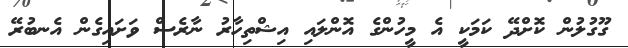
ގޫގުލުން ކޮށްދޭ ކަމަކީ އެ މީހުންގެ އޮންލައި އިޝްތިހާރު ނާރެސް ވަށައިގެން އެނބުރޭ